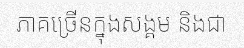
ភាគច្រើនក្នុងសង្គម និងជា